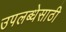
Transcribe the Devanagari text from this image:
उपलब्धेसाठी